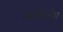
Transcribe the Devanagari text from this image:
किलोओम